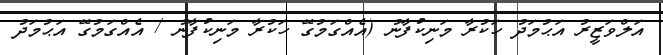
އަލްވަޒީރު އަޙުމަދު ހަކުރާ މަނިކުފާނު (އެއްގަމުގޭ ހަކުރާ މަނިކުފާނު / އެއްގަމުގޭ އަޙުމަދު